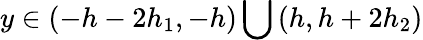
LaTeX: y\in\left(-h-2h_{1},-h\right)\bigcup\left(h,h+2h_{2}\right)